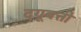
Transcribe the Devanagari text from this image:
दगूबत्ती